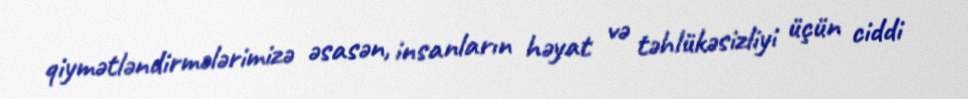
qiymətləndirmələrimizə əsasən, insanların həyat və təhlükəsizliyi üçün ciddi